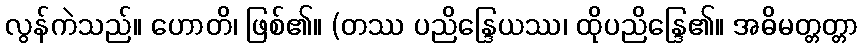
လွန်ကဲသည်။ ဟောတိ၊ ဖြစ်၏။ (တဿ ပညိန္ဒြေယဿ၊ ထိုပညိန္ဒြေ၏။ အဓိမတ္တတ္တာ